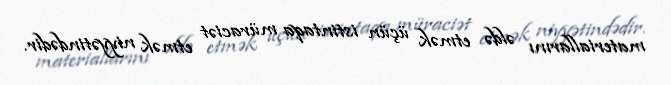
materiallarını əldə etmək üçün istintaqa müraciət etmək niyyətindədir.